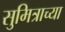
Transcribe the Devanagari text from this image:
सुमित्राच्या